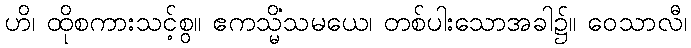
ဟိ၊ ထိုစကားသင့်စွ။ ဧကသ္မိံသမယေ၊ တစ်ပါးသောအခါ၌။ ဝေသာလီ၊